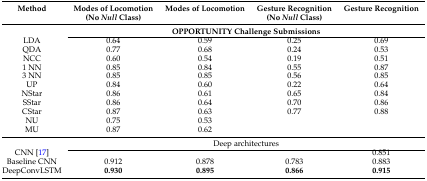
| Method | Modes of Locomotion | Modes of Locomotion | Gesture Recognition | Gesture Recognition |
 |  | (No Null Class) |  | (No Null Class) |  |
 | --- | --- | --- | --- | --- |
 |  | <COLSPAN=4> OPPORTUNITY Challenge Submissions |
 | LDA | 0.64 | 0.59 | 0.25 | 0.69 |
 | QDA | 0.77 | 0.68 | 0.24 | 0.53 |
 | NCC | 0.60 | 0.54 | 0.19 | 0.51 |
 | 1 NN | 0.85 | 0.84 | 0.55 | 0.87 |
 | 3 NN | 0.85 | 0.85 | 0.56 | 0.85 |
 | UP | 0.84 | 0.60 | 0.22 | 0.64 |
 | NStar | 0.86 | 0.61 | 0.65 | 0.84 |
 | SStar | 0.86 | 0.64 | 0.70 | 0.86 |
 | CStar | 0.87 | 0.63 | 0.77 | 0.88 |
 | NU | 0.75 | 0.53 |  |  |
 | MU | 0.87 | 0.62 |  |  |
 |  | <COLSPAN=4> Deep architectures |
 | CNN [17] |  |  |  | 0.851 |
 | Baseline CNN | 0.912 | 0.878 | 0.783 | 0.883 |
 | DeepConvLSTM | 0.930 | 0.895 | 0.866 | 0.915 |